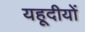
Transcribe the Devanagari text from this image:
यहूदीयों